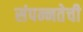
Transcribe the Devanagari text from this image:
संपन्नतेची